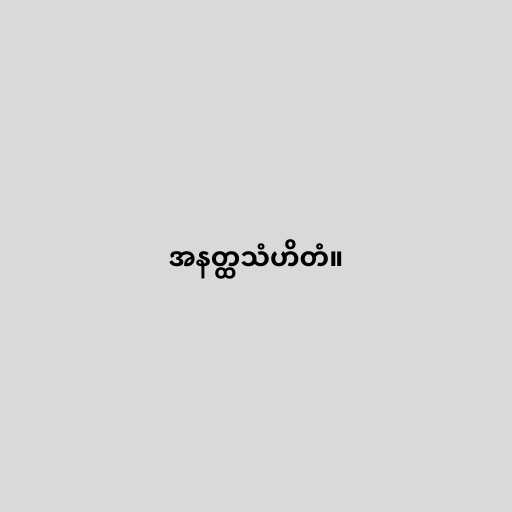
အနတ္ထသံဟိတံ။